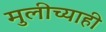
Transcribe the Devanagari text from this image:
मुलीच्याही